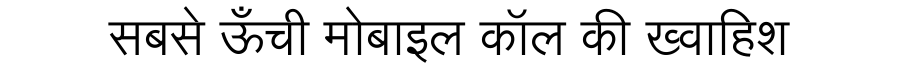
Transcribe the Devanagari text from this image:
सबसे ऊँची मोबाइल कॉल की ख्वाहिश